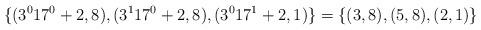
LaTeX: \begin{align*}\{(3^017^0+2,8),(3^117^0+2,8),(3^017^1+2,1)\}=\{(3,8),(5,8),(2,1)\}\end{align*}